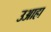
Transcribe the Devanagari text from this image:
उआहा